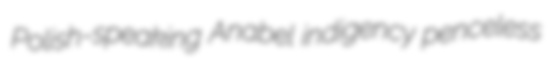
Polish-speaking Anabel indigency penceless